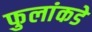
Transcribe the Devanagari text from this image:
फुलांकडे